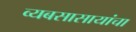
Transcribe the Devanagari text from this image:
व्यबसासायांचा